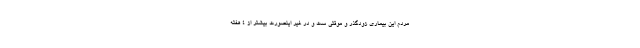
مردم این بیماری زودگذر و موقتی ست و در غیر اینصورت بیشتر از ۴ هفته